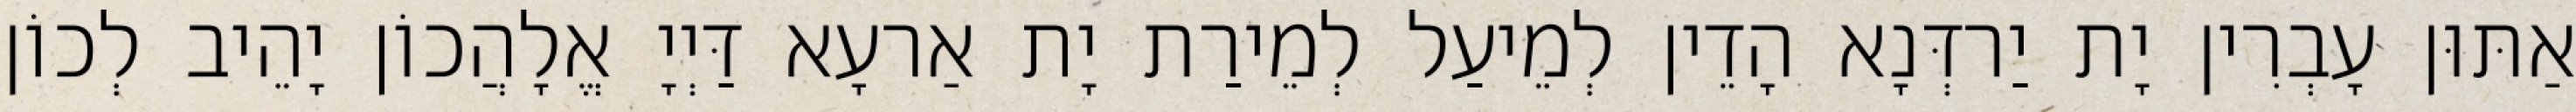
אַתּוּן עָבְרִין יָת יַרדְּנָא הָדֵין לְמֵיעַל לְמֵירַת יָת אַרעָא דַּיְיָ אֱלָהֲכוֹן יָהֵיב לְכוֹן